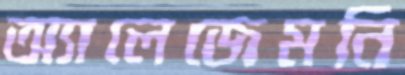
অ্যালেজেমনি